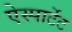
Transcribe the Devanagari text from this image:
ऐस्पार्टेट